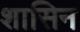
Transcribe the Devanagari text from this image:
शासिन